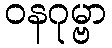
ဝနဂုမ္ဗာ